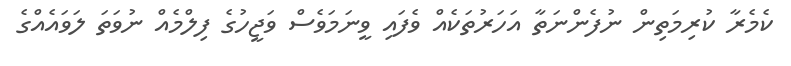
ކެމެރާ ކުރިމަތިން ނުފެންނަތާ އަހަރުތަކެއް ވެފައި ވީނަމަވެސް ވަޖީހުގެ ފިލްމެއް ނުވަތަ ލަވައެއްގެ